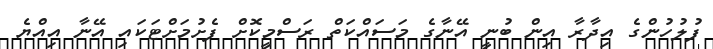
ފުލުހުންގެ އިދާރާ އިން ބުނީ އޭނާގެ މަސައްކަތް ރަސްމީކޮށް ފެށުމަށްޓަކައި އޭނާ އިއްޔެ